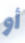
أو